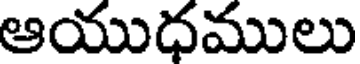
ఆయుధములు